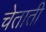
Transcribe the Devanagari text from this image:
चेताती